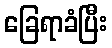
ခြေရာခံပြီး